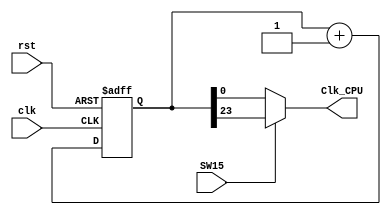
// Clock divider
// use a switch to select cpu clock speed

`timescale 1ns / 1ps

module CLK_DIV(
  input clk,
  input rst,
  input SW15,
  output Clk_CPU
);
  reg[31:0]clkdiv;

  always @(posedge clk or posedge rst) begin 
    if (rst)
      clkdiv <= 0;
    else
      clkdiv <= clkdiv + 1'b1;
  end

  assign Clk_CPU=(SW15)? clkdiv[23] : clkdiv;  // SW15 to select slow cpu clock or fast cpu clk

endmodule